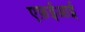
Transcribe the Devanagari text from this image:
एफ़ईआई